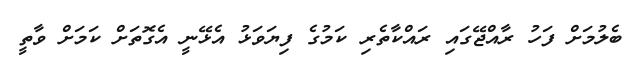
ބެލުމަށް ފަހު ރާއްޖޭގައި ރައްކާތެރި ކަމުގެ ފިޔަވަޅު އެޅޭނީ އެގޮތަށް ކަމަށް ވާތީ